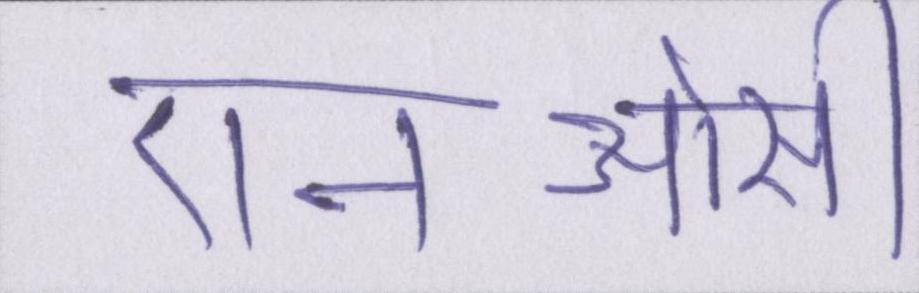
एनओसी